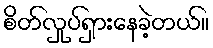
စိတ်လှုပ်ရှားနေခဲ့တယ်။